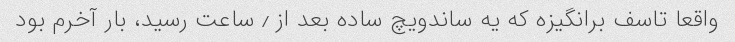
واقعا تاسف برانگیزه که یه ساندویچ ساده بعد از ٫ ساعت رسید، بار آخرم بود